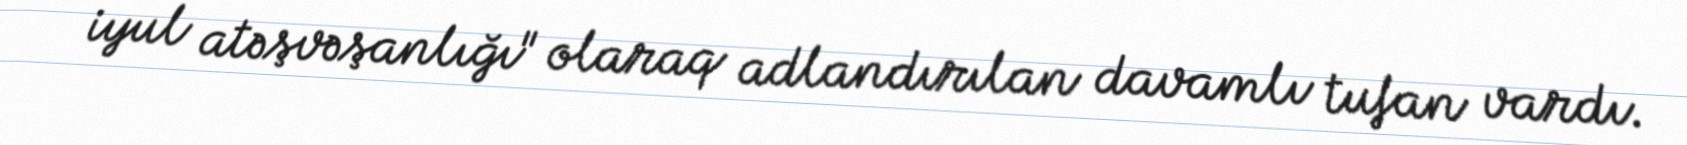
iyul atəşvəşanlığı" olaraq adlandırılan davamlı tufan vardı.